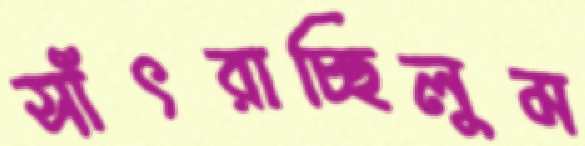
সাঁৎরাচ্ছিলুম